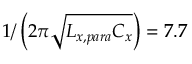
1 / \left( 2 \pi \sqrt { L _ { x , p a r a } C _ { x } } \right) = 7 . 7